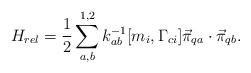
LaTeX: \begin{align*}H_{rel}= {1\over 2} \sum_{a,b}^{1,2} k^{-1}_{ab}[m_i,\Gamma_{ci}]{\vec \pi}_{qa} \cdot {\vec \pi}_{qb}.\end{align*}